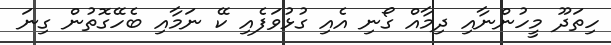
ހިތަދޫ މީހުންނާއި ދިމާއް ގޯނި އެއި ގުޅުވަފެއި ކޭ ނަމާއި ބެހޭގޮތުން ގިނަ